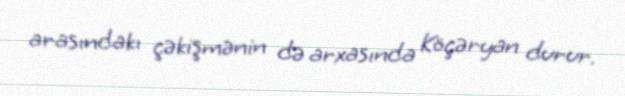
arasındakı çəkişmənin də arxasında Köçəryan durur.